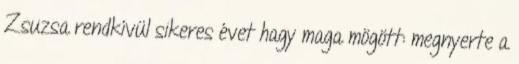
Zsuzsa rendkívül sikeres évet hagy maga mögött: megnyerte a